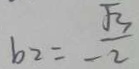
b _ { 2 } = - \frac { \sqrt { 3 } } { 2 }